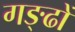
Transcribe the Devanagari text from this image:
गङ्ढों